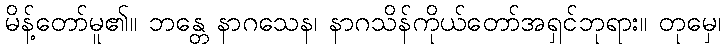
မိန့်တော်မူ၏။ ဘန္တေ နာဂသေန၊ နာဂသိန်ကိုယ်တော်အရှင်ဘုရား။ တုမှေ၊